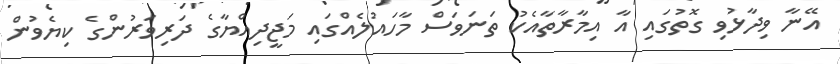
އޭނާ ވިދާޅުވި ގޮތުގައި އާ އިމާރާތާއެކު ތަނަވަސް މާހައުލެއްގައި މަޖީދިއްޔާގެ ދަރިވަރުންގެ ކިޔެވުން